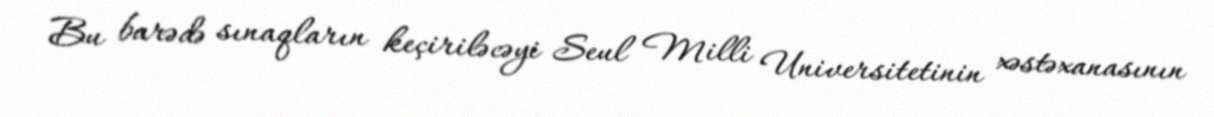
Bu barədə sınaqların keçiriləcəyi Seul Milli Universitetinin xəstəxanasının